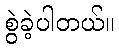
စွဲခဲ့ပါတယ်။